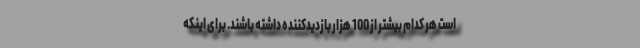
است هر کدام بیشتر از 100 هزار بازدیدکننده داشته باشند. برای اینکه